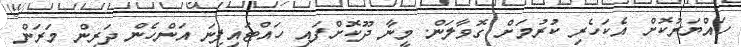
ހައްޔަރުކޮށް އެކަހެރި ކުރުމަށް ގޮވާލަން. މީނާ ދޫކޮށްފައި ހައްޓައިފިނަ އަންހެން ދަރިން މަރަން